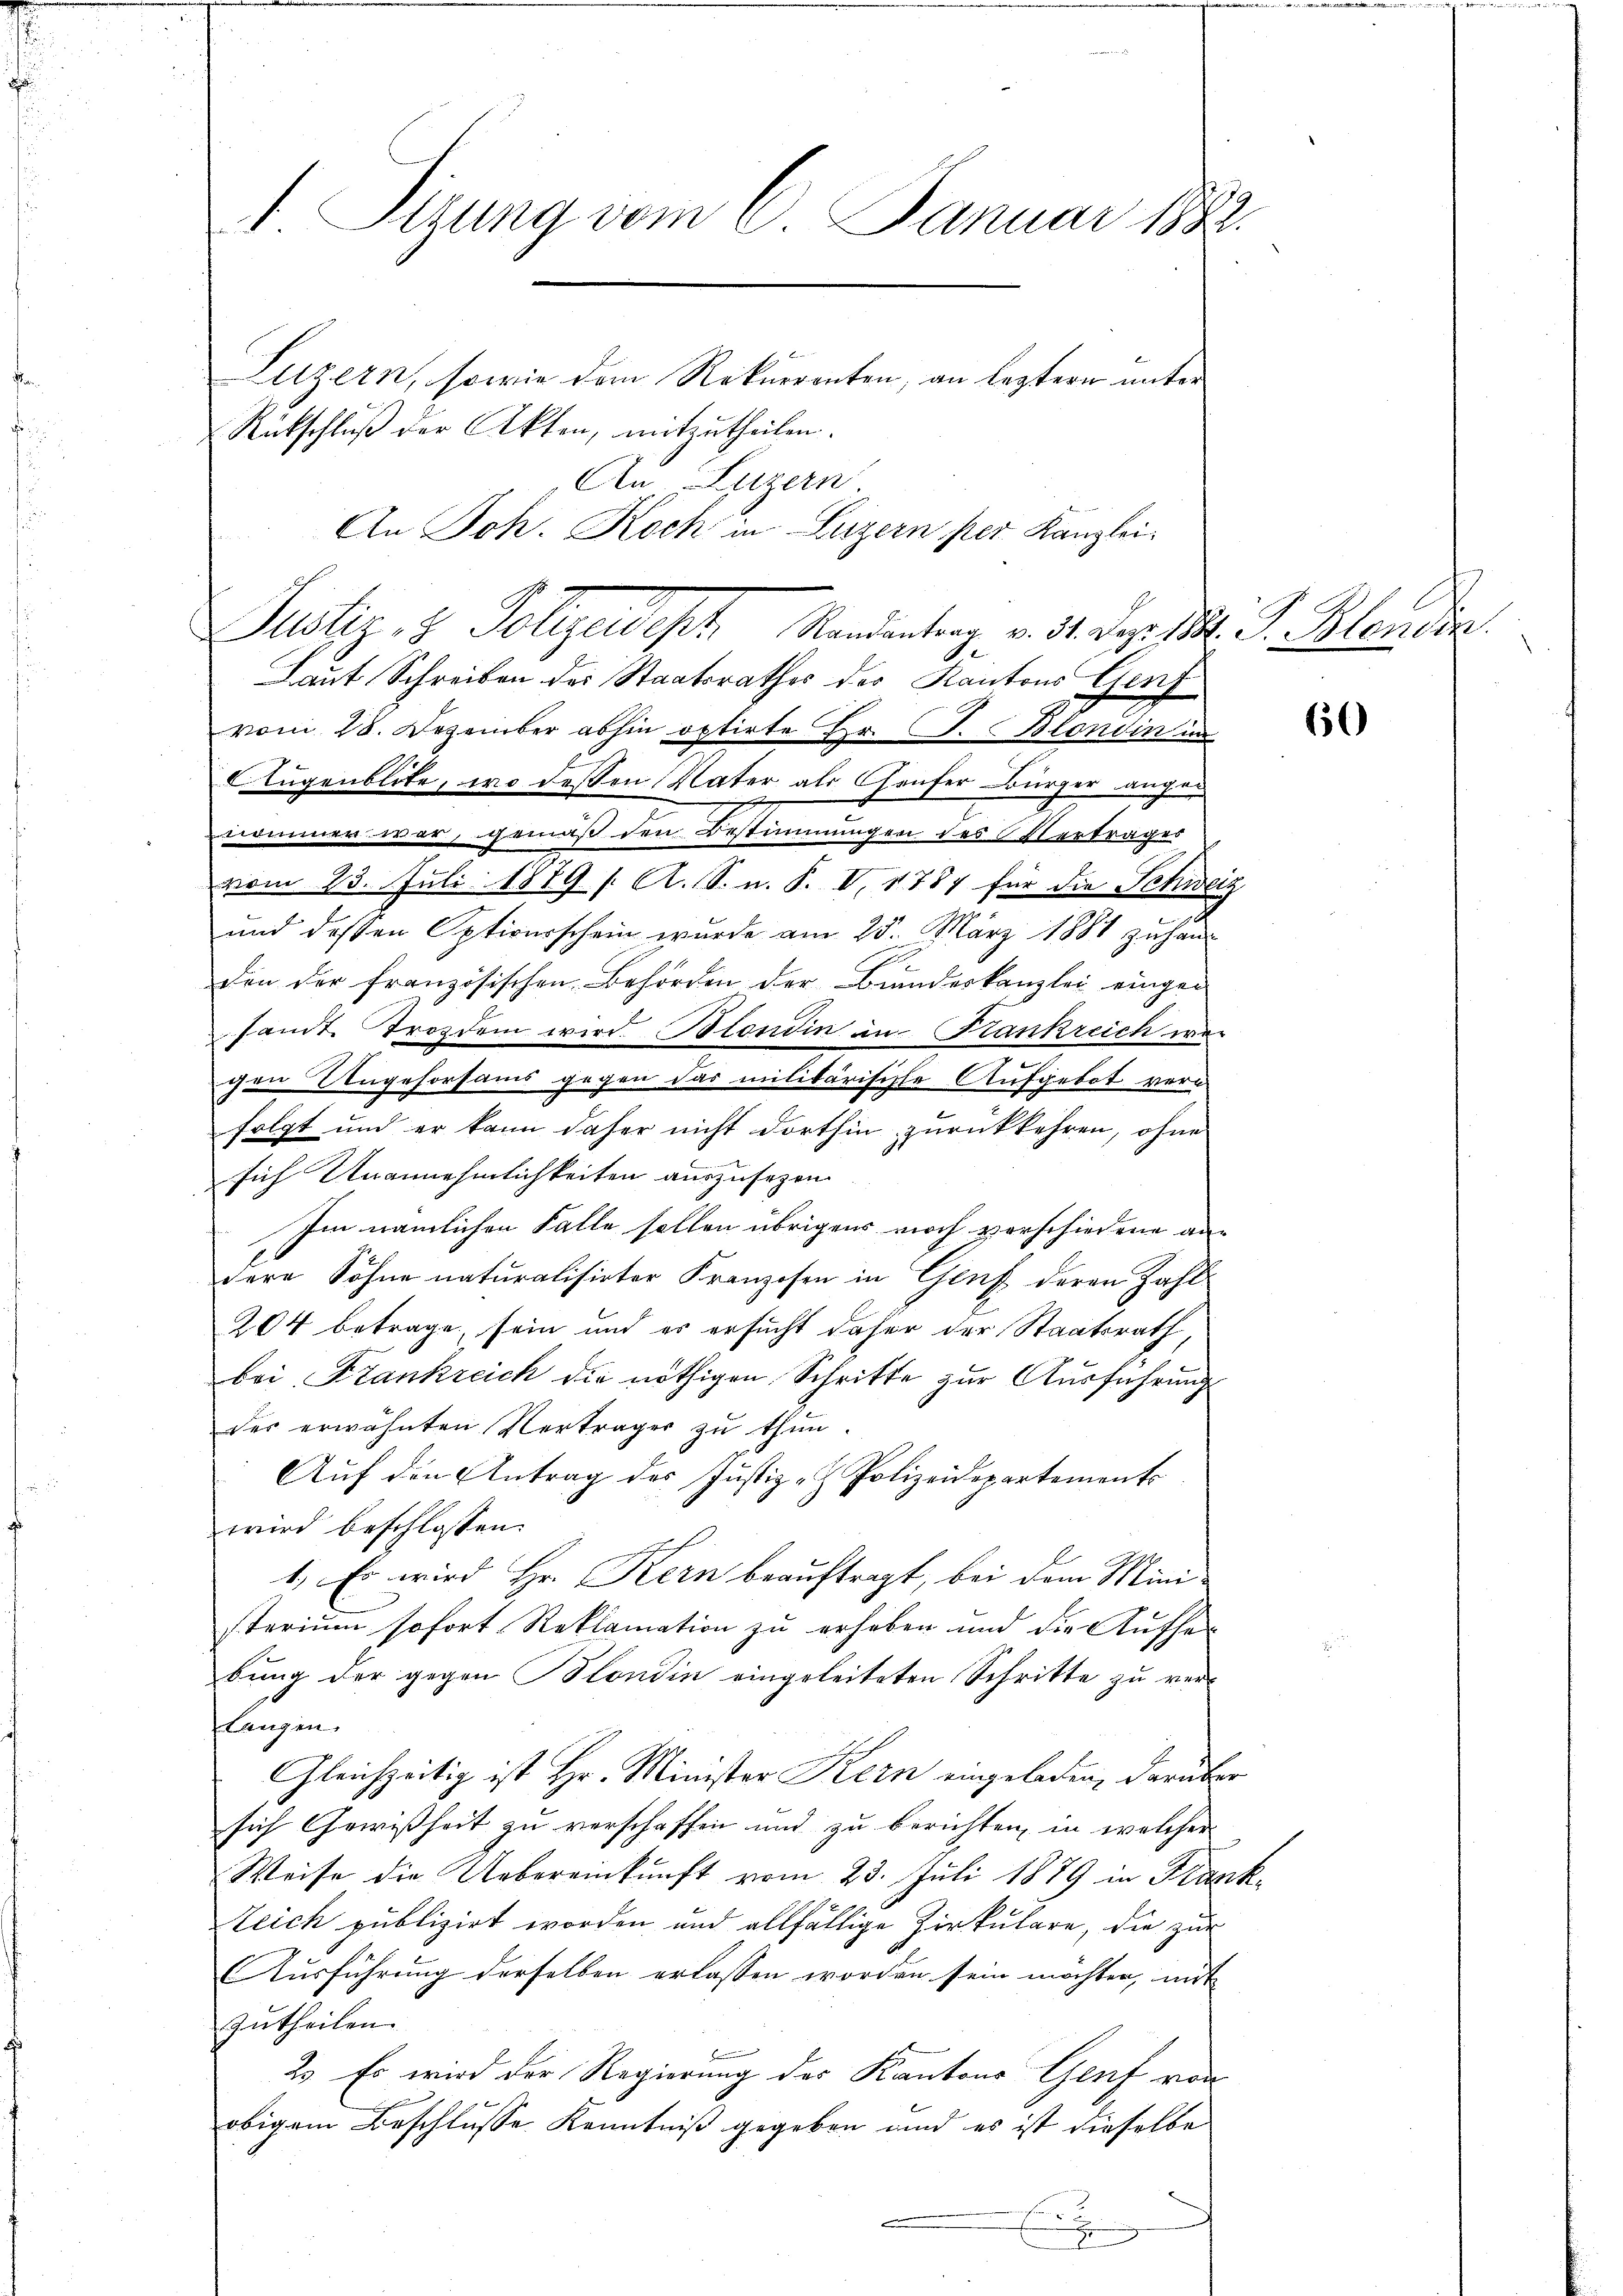
I Sizung vom 8. Januar 1882.
Luzern, sowie dem Rekurrenten, an leztern unter
Rückschluß der Akten, mitzutheilen.

9
Laut Schreiben der Staatsrathes der Kantons Genf
vom 28. Dezember abhin optirte Hr. J. Blondin in
Augenblite, wo dessen Vater als Genfer Bürger angenommer war, gemäß den Bestimmungen des Vertrages
vom 23. Juli 1889 f. A. S. u. P. V. 1787 für die Schweiz
und deßen Optiverschein wurde am 25. März 1881 zu handen der französischen Behörden der Bundeskanzlei eingesandt Trotzdem wird. Blondin in Frankreich wer
gen Ungehorsams gegen das militärischte Aufgebot vern
folgt und er kann daher nicht dorthin zurückkehren, ohne
sich Unannehmlichkeiten auszusehen
Im nämlichen Falle sollen übrigens noch verschiedene andere Söhne naturalisirter Franzosen in Genf deren Zahl
204 betrage, sein und es ersucht daher der Staatsrath,
bei Frankreich die nöthigen Schritte zur Ausführung
des erwähnten Verträger zu thun.
Auf den Antrag des Justiz- & Polizeidepartements
wird beschlossen:
1. Es wird Hr. Kern beauftragt, bei dem Ministerium sofort Reklamation zu erheben und die Aufhebung der gegen Blondin eingeleiteten Schritte zu verlangen.
Gleichzeitig ist Hr. Minister Kern eingeladen, darüber
sich Gewißheit zu verschaffen und zu berichten, in welcher
Weise die Uebereinkunft vom 23. Juli 1879 in Frank¬
Zeich publizirt worden und allfällige Zirkulare, die zur
Ausführung derselben erlassen worden sein möchten, mit
zutheilen.
2. Es wird der Regierung des Kantons Genf von
obigem Beschlusse Kenntniß gegeben und es ist dieselbe
E

An Luzern.
An Joh. Koch in Luzern per Kanzlei.
Justiz, 8 Polizeidisch Mandantern v. 31. Dez. B. G. Blanda

60